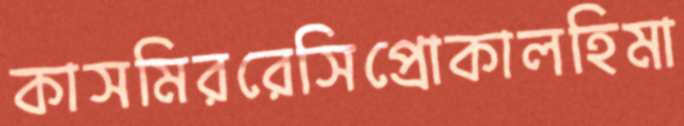
কাসমিররেসিপ্রোকালহিমা